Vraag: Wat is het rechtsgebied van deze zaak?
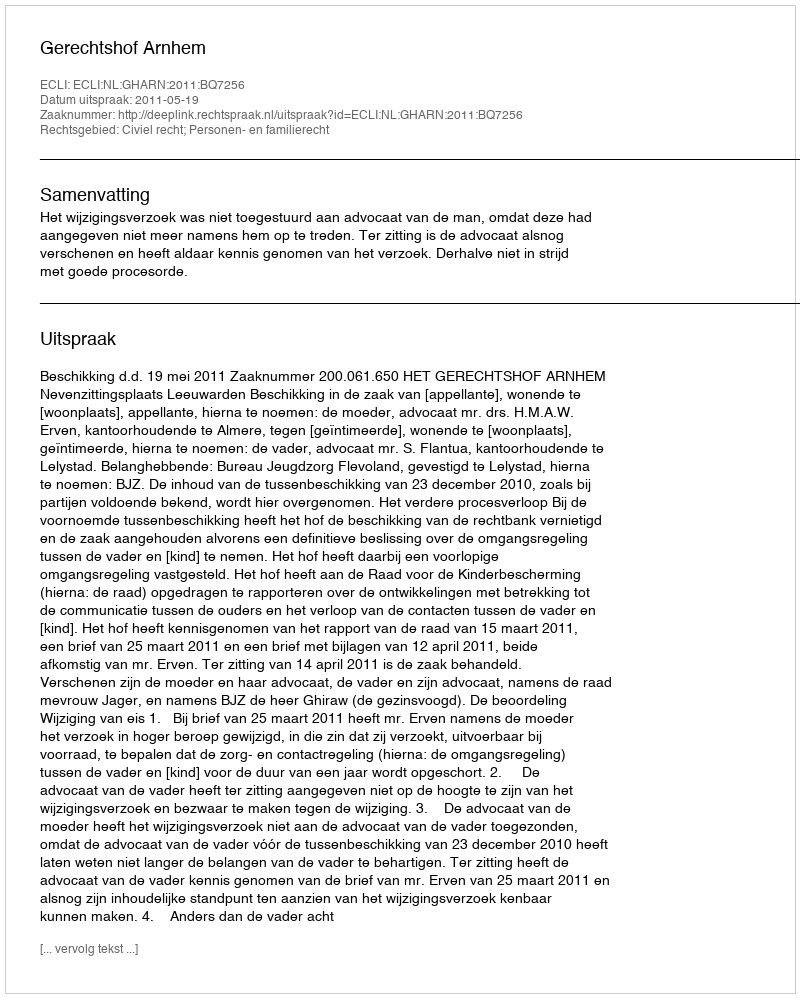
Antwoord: Civiel recht; Personen- en familierecht